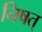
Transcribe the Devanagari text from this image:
निषत्